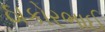
ઠાકોરભાઈ